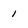
Character: 1